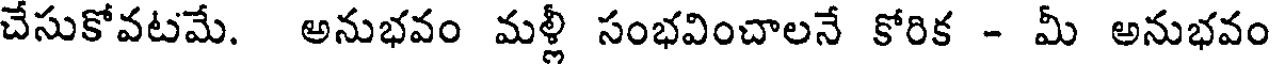
చేసుకోవటమే. అనుభవం మళ్లీ సంభవించాలనే కోరిక - మీ అనుభవం